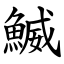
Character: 鰄